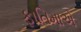
ફાતિમાએ